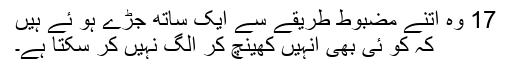
17 وہ اتنے مضبوط طریقے سے ایک ساتھ جُڑے ہو ئے ہیں
کہ کو ئی بھی انہیں کھینچ کر الگ نہیں کر سکتا ہے۔